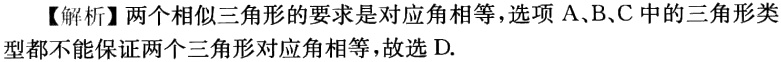
【解析】两个相似三角形的要求是对应角相等，选项A、B、C中的三角形类型都不能保证两个三角形对应角相等，故选D.